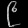
Digit: ၉